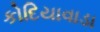
કોદિયાવાડા